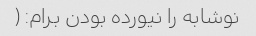
نوشابه را نیورده بودن برام: (